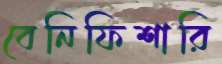
বেনিফিশারি